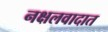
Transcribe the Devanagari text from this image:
नक्षलवादात